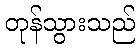
တုန်သွားသည်